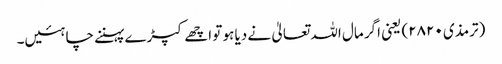
(ترمذی ۲۸۲۰) یعنی اگر مال اللہ تعالیٰ نے دیا ہو تو اچھے کپڑے پہننے چاہئیں۔